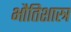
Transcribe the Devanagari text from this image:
भौतिशास्त्र